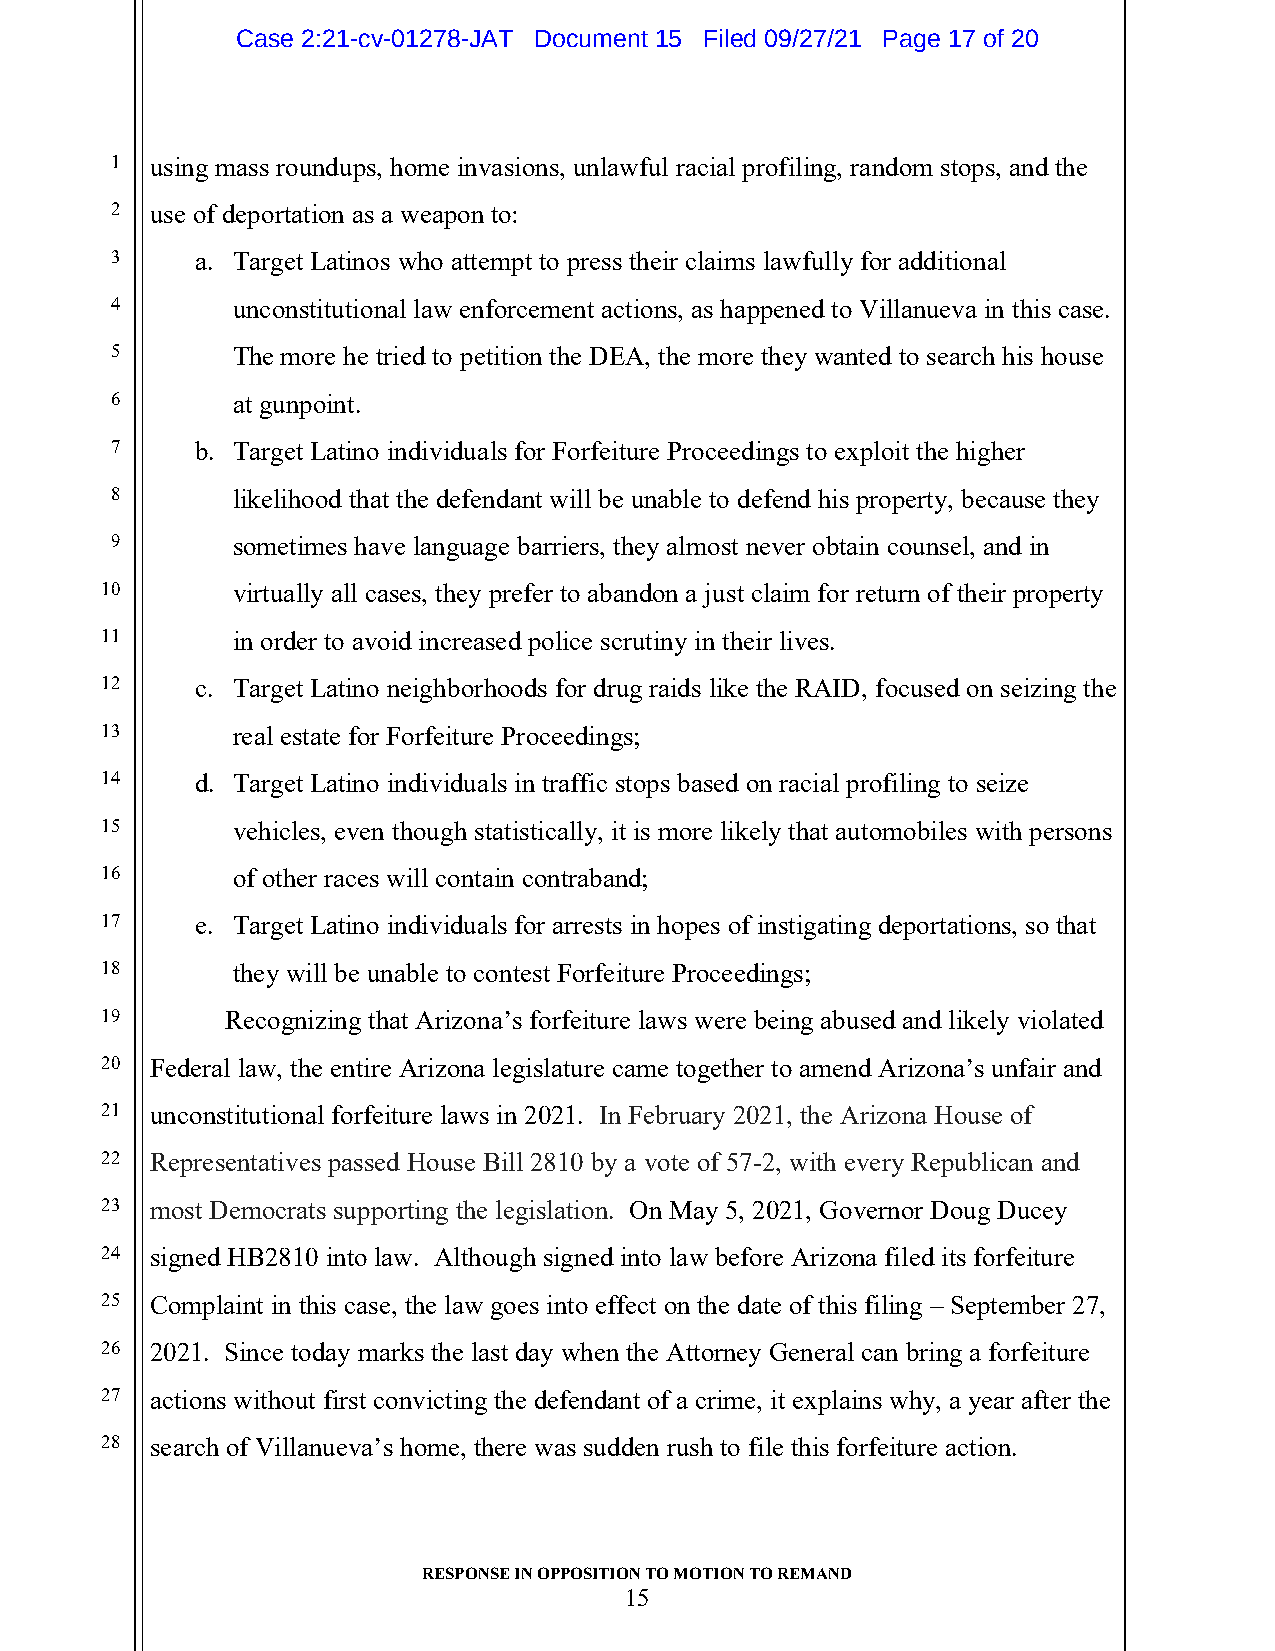
Case 2:21-cv-01278-JAT Document 15 Filed 09/27/21 Page 17 of 20
 1  using mass roundups, home invasions, unlawful racial profiling, random stops, and the
 2  use of deportation as a weapon to:
 3     a. Target Latinos who attempt to press their claims lawfully for additional
 4       unconstitutional law enforcement actions, as happened to Villanueva in this case.
 5       The more he tried to petition the DEA, the more they wanted to search his house
 6       at gunpoint.
 7     b. Target Latino individuals for Forfeiture Proceedings to exploit the higher
 8       likelihood that the defendant will be unable to defend his property, because they
 9       sometimes have language barriers, they almost never obtain counsel, and in
 10      virtually all cases, they prefer to abandon a just claim for return of their property
 11      in order to avoid increased police scrutiny in their lives.
 12    c. Target Latino neighborhoods for drug raids like the RAID, focused on seizing the
 13      real estate for Forfeiture Proceedings;
 14    d. Target Latino individuals in traffic stops based on racial profiling to seize
 15      vehicles, even though statistically, it is more likely that automobiles with persons
 16      of other races will contain contraband;
 17    e. Target Latino individuals for arrests in hopes of instigating deportations, so that
 18      they will be unable to contest Forfeiture Proceedings;
 19      Recognizing that Arizona’s forfeiture laws were being abused and likely violated
 20 Federal law, the entire Arizona legislature came together to amend Arizona’s unfair and
 21 unconstitutional forfeiture laws in 2021. In February 2021, the Arizona House of
 22 Representatives passed House Bill 2810 by a vote of 57-2, with every Republican and
 23 most Democrats supporting the legislation. On May 5, 2021, Governor Doug Ducey
 24 signed HB2810 into law. Although signed into law before Arizona filed its forfeiture
 25 Complaint in this case, the law goes into effect on the date of this filing – September 27,
 26 2021. Since today marks the last day when the Attorney General can bring a forfeiture
 27 actions without first convicting the defendant of a crime, it explains why, a year after the
 28 search of Villanueva’s home, there was sudden rush to file this forfeiture action.
 RESPONSE IN OPPOSITION TO MOTION TO REMAND
 15